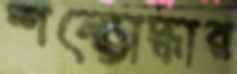
শল্যোদ্ধার